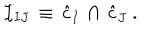
{ \cal I } _ { I J } \, \equiv \, { \hat { c } } _ { I } \, \cap \, { \hat { c } } _ { J } \ .